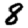
Digit: 8